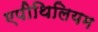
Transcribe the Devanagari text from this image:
एपीथिलियम